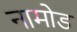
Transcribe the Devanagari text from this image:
नामोड